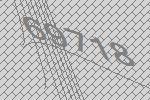
69718